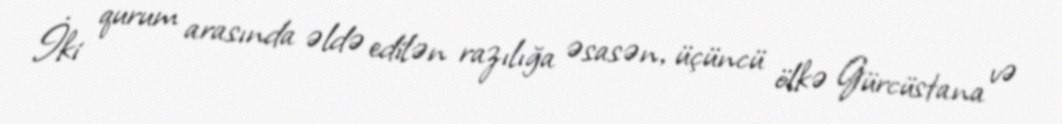
İki qurum arasında əldə edilən razılığa əsasən, üçüncü ölkə Gürcüstana və